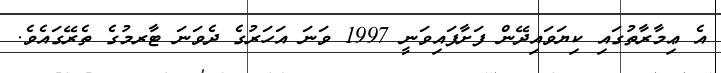
އެ ޢިމާރާތުގައި ކިޔަވައިދޭން ފަށާފައިވަނީ 1997 ވަނަ އަހަރުގެ ދެވަނަ ޓާރމުގެ ތެރޭގައެވެ.